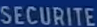
SECURITE